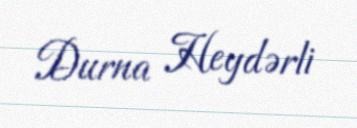
Durna Heydərli